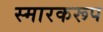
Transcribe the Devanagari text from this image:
स्मारकरूप